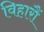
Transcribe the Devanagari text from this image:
विहारौं